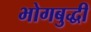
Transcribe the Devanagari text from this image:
भोगबुद्धी